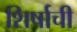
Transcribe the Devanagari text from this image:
शिर्षाची